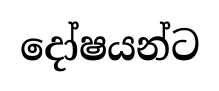
දෝෂයන්ට